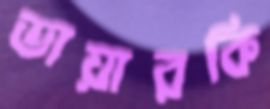
ডায়ারকি